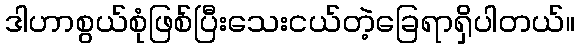
ဒါဟာစွယ်စုံဖြစ်ပြီးသေးငယ်တဲ့ခြေရာရှိပါတယ်။